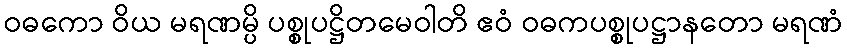
ဝဓကော ဝိယ မရဏမ္ပိ ပစ္စုပဋ္ဌိတမေဝါတိ ဧဝံ ဝဓကပစ္စုပဋ္ဌာနတော မရဏံ